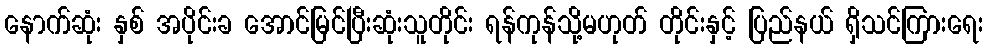
နောက်ဆုံး နှစ် အပိုင်းခ အောင်မြင်ပြီးဆုံးသူတိုင်း ရန်ကုန်သို့မဟုတ် တိုင်းနှင့် ပြည်နယ် ရှိသင်ကြားရေး